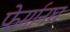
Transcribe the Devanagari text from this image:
फेर्मानघ